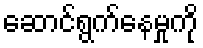
ဆောင်ရွက်နေမှုကို